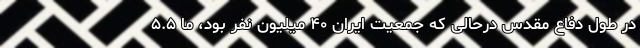
در طول دفاع مقدس درحالی که جمعیت ایران ۴۰ میلیون نفر بود، ما ۵.۵